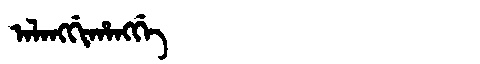
Manchu: ᠠᠯᠠᠩᡤᡳᡥᠠᠩᡤᡝ
Romanization: ALANGGIHANGGE